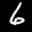
Label: 6